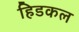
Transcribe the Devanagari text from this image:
हिडकल